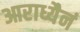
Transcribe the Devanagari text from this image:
आराध्यैनं